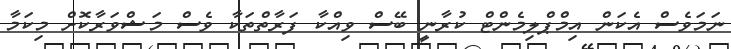
ނަމަވެސް އެކަން އިމްޕްލިމެންޓް ކުރާނީ ބޭސް ވިއްކާ ފަރާތްތަކާ ވެސް މަޝްވަރާކޮށް މިކަމާ